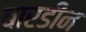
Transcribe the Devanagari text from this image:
बारडीन